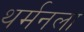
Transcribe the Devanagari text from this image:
थर्मनला